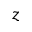
z